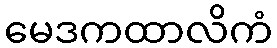
မေဒကထာလိကံ